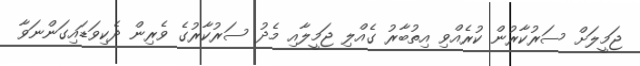
ޖަމީލަށް ސަރުކާރުން ކުރެއްވި އިތުބާރު ގެއްލި ޖަމީލާއި މެދު ސަރުކާރުގެ ވެރިން ދެކިވަޑައިގަންނަވާ